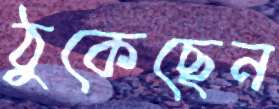
ঠুকেছেন